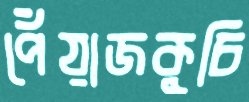
পেঁয়াজকুচি